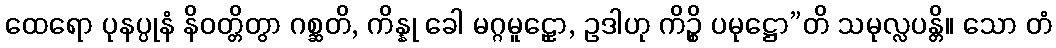
ထေရော ပုနပ္ပုနံ နိဝတ္တိတွာ ဂစ္ဆတိ, ကိန္နု ခေါ မဂ္ဂမူဠှော, ဥဒါဟု ကိဉ္စိ ပမုဋ္ဌော”တိ သမုလ္လပန္တိ။ သော တံ